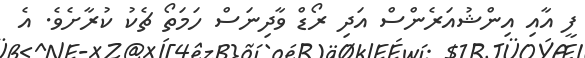
ފީ އާއި އިންޝުއަރެންސް އަދި ރޯޑް ވާދިނަސް ހަމަތޯ ޗެކު ކުރާށެވެ. އެ